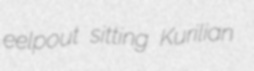
eelpout sitting Kurilian